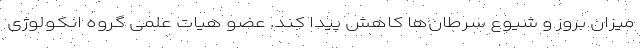
میزان بروز و شیوع سرطان‌ها کاهش پیدا کند. عضو هیات علمی گروه انکولوژی